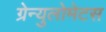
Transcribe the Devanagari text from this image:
ग्रेन्युलोमेटस